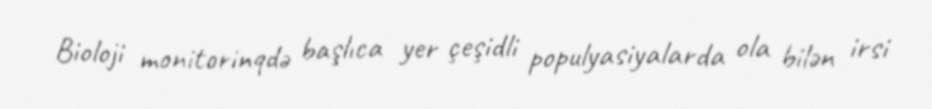
Bioloji monitorinqdə başlıca yer çeşidli populyasiyalarda ola bilən irsi